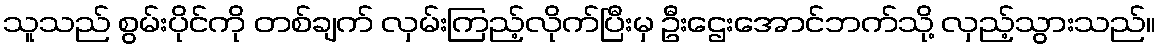
သူသည် စွမ်းပိုင်ကို တစ်ချက် လှမ်းကြည့်လိုက်ပြီးမှ ဦးဌေးအောင်ဘက်သို့ လှည့်သွားသည်။